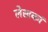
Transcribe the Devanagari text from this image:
लेखकां